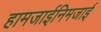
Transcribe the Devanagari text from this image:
हामजाईनिमजाई